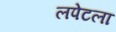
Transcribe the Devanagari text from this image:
लपेटला